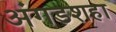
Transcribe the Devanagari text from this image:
अंगडशहा